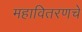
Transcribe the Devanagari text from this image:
महावितरणचे